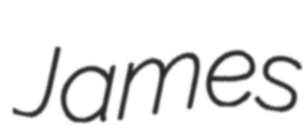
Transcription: James